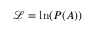
\mathcal { L } = \ln ( P ( A ) )